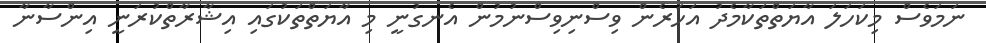
ނަމަވެސް މިކަހަލަ އާޔަތްތަކާމެދު އަހަރެން ވިސްނިވިސްނުމުން އެނގުނީ މި އާޔަތްތަކުގައި އިޝާރާތްކުރަނީ އިންސާނާ